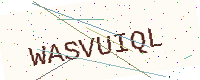
Text: WASVUIQL